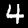
Label: 4